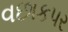
વછાકપર